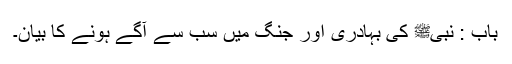
باب : نبیﷺ کی بہادری اور جنگ میں سب سے آگے ہونے کا بیان۔